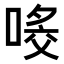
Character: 𠸀